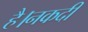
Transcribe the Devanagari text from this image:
है।नकदी